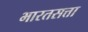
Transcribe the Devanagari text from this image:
भारतसत्ता